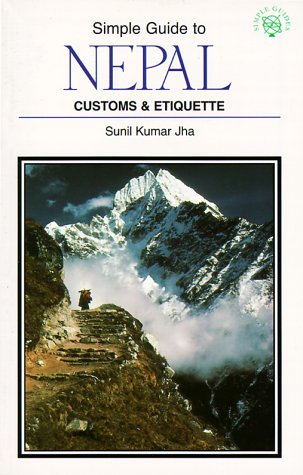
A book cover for SIMPLE GT NEPAL-PB-OP (Simple Guides Customs and Etiquette); Sunil Kumar Jha; Travel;